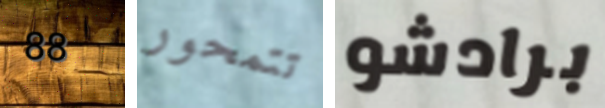
88 تتمحور برادشو